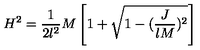
H ^ { 2 } = \frac { 1 } { 2 l ^ { 2 } } M \left[ 1 + \sqrt { 1 - ( \frac { J } { l M } ) ^ { 2 } } \right] \nonumber